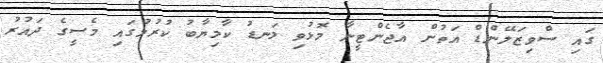
ގައި ސްވިޒަލޭންޑް އަތުން އާޖެންޓީނާ މޮޅުވި ލަނޑު ކާމިޔާބު ކުރުމުގައި މެސީގެ ދައުރު